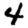
Digit: 4